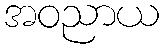
အဝညာယ